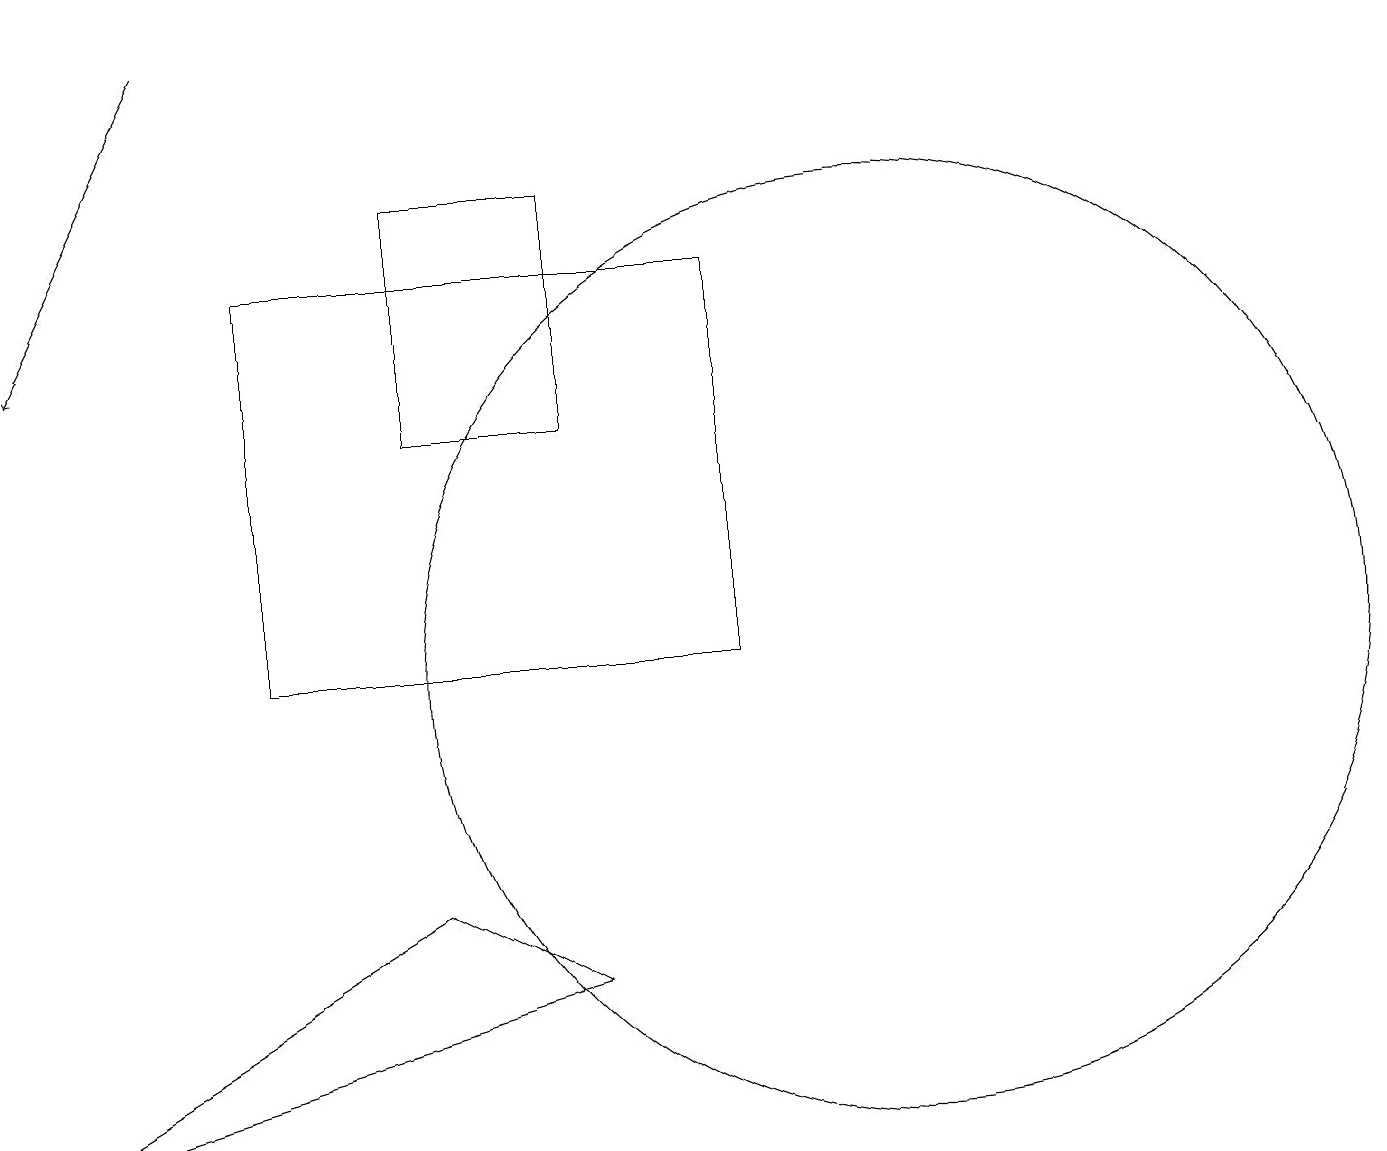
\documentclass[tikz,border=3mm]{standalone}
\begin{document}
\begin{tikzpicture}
\draw (3,10) rectangle (9,15);
\draw (7,13) rectangle (5,16);
\draw (11,10) circle (6);
\draw (7,6) -- (0,4) -- (5,7) -- cycle;
\draw[->] (2,18) -- (0,14);
\draw (12,12) circle (0);
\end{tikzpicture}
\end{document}